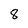
Character: 8